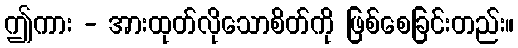
ဤကား - အားထုတ်လိုသောစိတ်ကို ဖြစ်စေခြင်းတည်း။